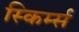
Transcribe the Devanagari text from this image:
स्किर्म्स